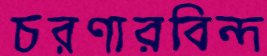
চরণারবিন্দ